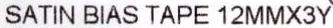
SATIN BIAS TAPE 12MMX3Y